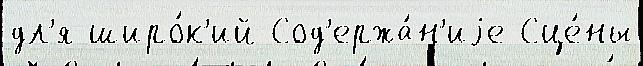
дл'я широ́к'ий Сод'ержа́н'иjе Сце́ны